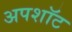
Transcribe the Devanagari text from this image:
अपशॉट